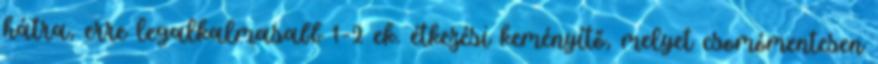
hátra, erre legalkalmasabb 1-2 ek. étkezési keményítő, melyet csomómentesen